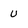
Character: u